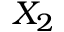
X _ { 2 }